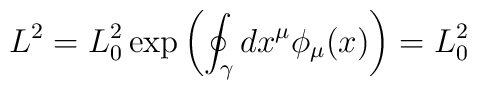
L^2=L_0^2\exp\left(\oint_\gamma dx^\mu \phi_\mu(x)\right)=L^2_0\,